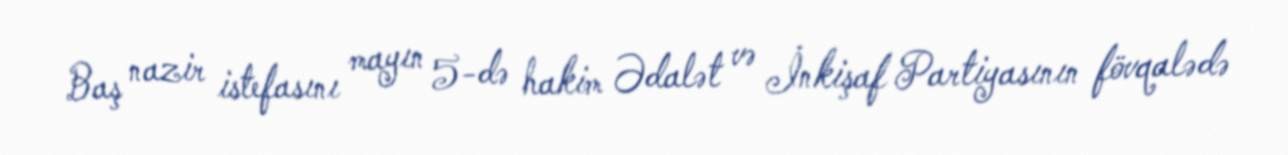
Baş nazir istefasını mayın 5-də hakim Ədalət və İnkişaf Partiyasının fövqalədə